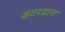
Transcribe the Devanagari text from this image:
ज़टरडाग